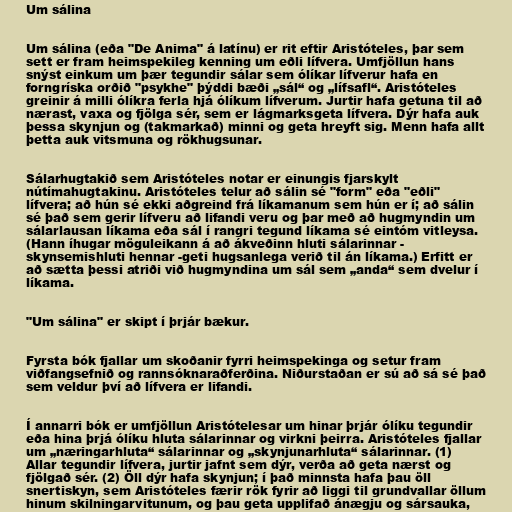
Um sálina

Um sálina (eða "De Anima" á latínu) er rit eftir Aristóteles, þar sem
sett er fram heimspekileg kenning um eðli lífvera. Umfjöllun hans
snýst einkum um þær tegundir sálar sem ólíkar lífverur hafa en
forngríska orðið "psykhe" þýddi bæði „sál“ og „lífsafl“. Aristóteles
greinir á milli ólíkra ferla hjá ólíkum lífverum. Jurtir hafa getuna til að
nærast, vaxa og fjölga sér, sem er lágmarksgeta lífvera. Dýr hafa auk
þessa skynjun og (takmarkað) minni og geta hreyft sig. Menn hafa allt
þetta auk vitsmuna og rökhugsunar.

Sálarhugtakið sem Aristóteles notar er einungis fjarskylt
nútímahugtakinu. Aristóteles telur að sálin sé "form" eða "eðli"
lífvera; að hún sé ekki aðgreind frá líkamanum sem hún er í; að sálin
sé það sem gerir lífveru að lifandi veru og þar með að hugmyndin um
sálarlausan líkama eða sál í rangri tegund líkama sé eintóm vitleysa.
(Hann íhugar möguleikann á að ákveðinn hluti sálarinnar -
skynsemishluti hennar -geti hugsanlega verið til án líkama.) Erfitt er
að sætta þessi atriði við hugmyndina um sál sem „anda“ sem dvelur í
líkama.

"Um sálina" er skipt í þrjár bækur.

Fyrsta bók fjallar um skoðanir fyrri heimspekinga og setur fram
viðfangsefnið og rannsóknaraðferðina. Niðurstaðan er sú að sá sé það
sem veldur því að lífvera er lifandi.

Í annarri bók er umfjöllun Aristótelesar um hinar þrjár ólíku tegundir
eða hina þrjá ólíku hluta sálarinnar og virkni þeirra. Aristóteles fjallar
um „næringarhluta“ sálarinnar og „skynjunarhluta“ sálarinnar. (1)
Allar tegundir lífvera, jurtir jafnt sem dýr, verða að geta nærst og
fjölgað sér. (2) Öll dýr hafa skynjun; í það minnsta hafa þau öll
snertiskyn, sem Aristóteles færir rök fyrir að liggi til grundvallar öllum
hinum skilningarvitunum, og þau geta upplifað ánægju og sársauka,